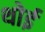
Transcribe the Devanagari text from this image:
थोई